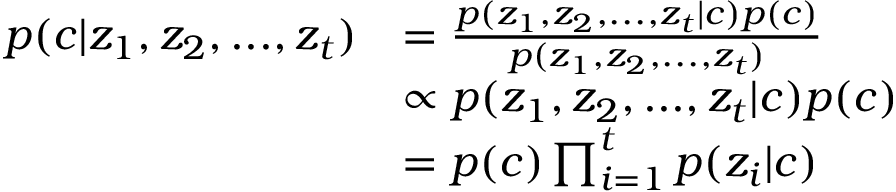
\begin{array} { r l } { p ( c | z _ { 1 } , z _ { 2 } , . . . , z _ { t } ) } & { = \frac { p ( z _ { 1 } , z _ { 2 } , . . . , z _ { t } | c ) p ( c ) } { p ( z _ { 1 } , z _ { 2 } , . . . , z _ { t } ) } } \\ & { \propto p ( z _ { 1 } , z _ { 2 } , . . . , z _ { t } | c ) p ( c ) } \\ & { = p ( c ) \prod _ { i = 1 } ^ { t } p ( z _ { i } | c ) } \end{array}